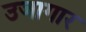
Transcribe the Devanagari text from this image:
उजागार